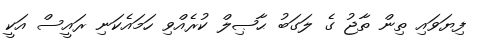
ފިޔަވައި ތިން ތާޖު ގެ ލަގަބު ޙާޞިލް ކުރެއްވި ހަމައެކަނި ރައީސް އަކީ